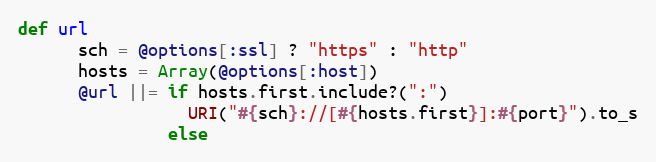
Language: Ruby
def url
      sch = @options[:ssl] ? "https" : "http"
      hosts = Array(@options[:host])
      @url ||= if hosts.first.include?(":")
                 URI("#{sch}://[#{hosts.first}]:#{port}").to_s
               else